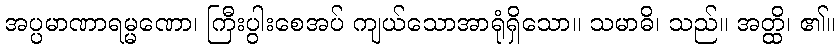
အပ္ပမာဏာရမ္မဏော၊ ကြီးပွါးစေအပ် ကျယ်သောအာရုံရှိသော။ သမာဓိ၊ သည်။ အတ္ထိ၊ ၏။